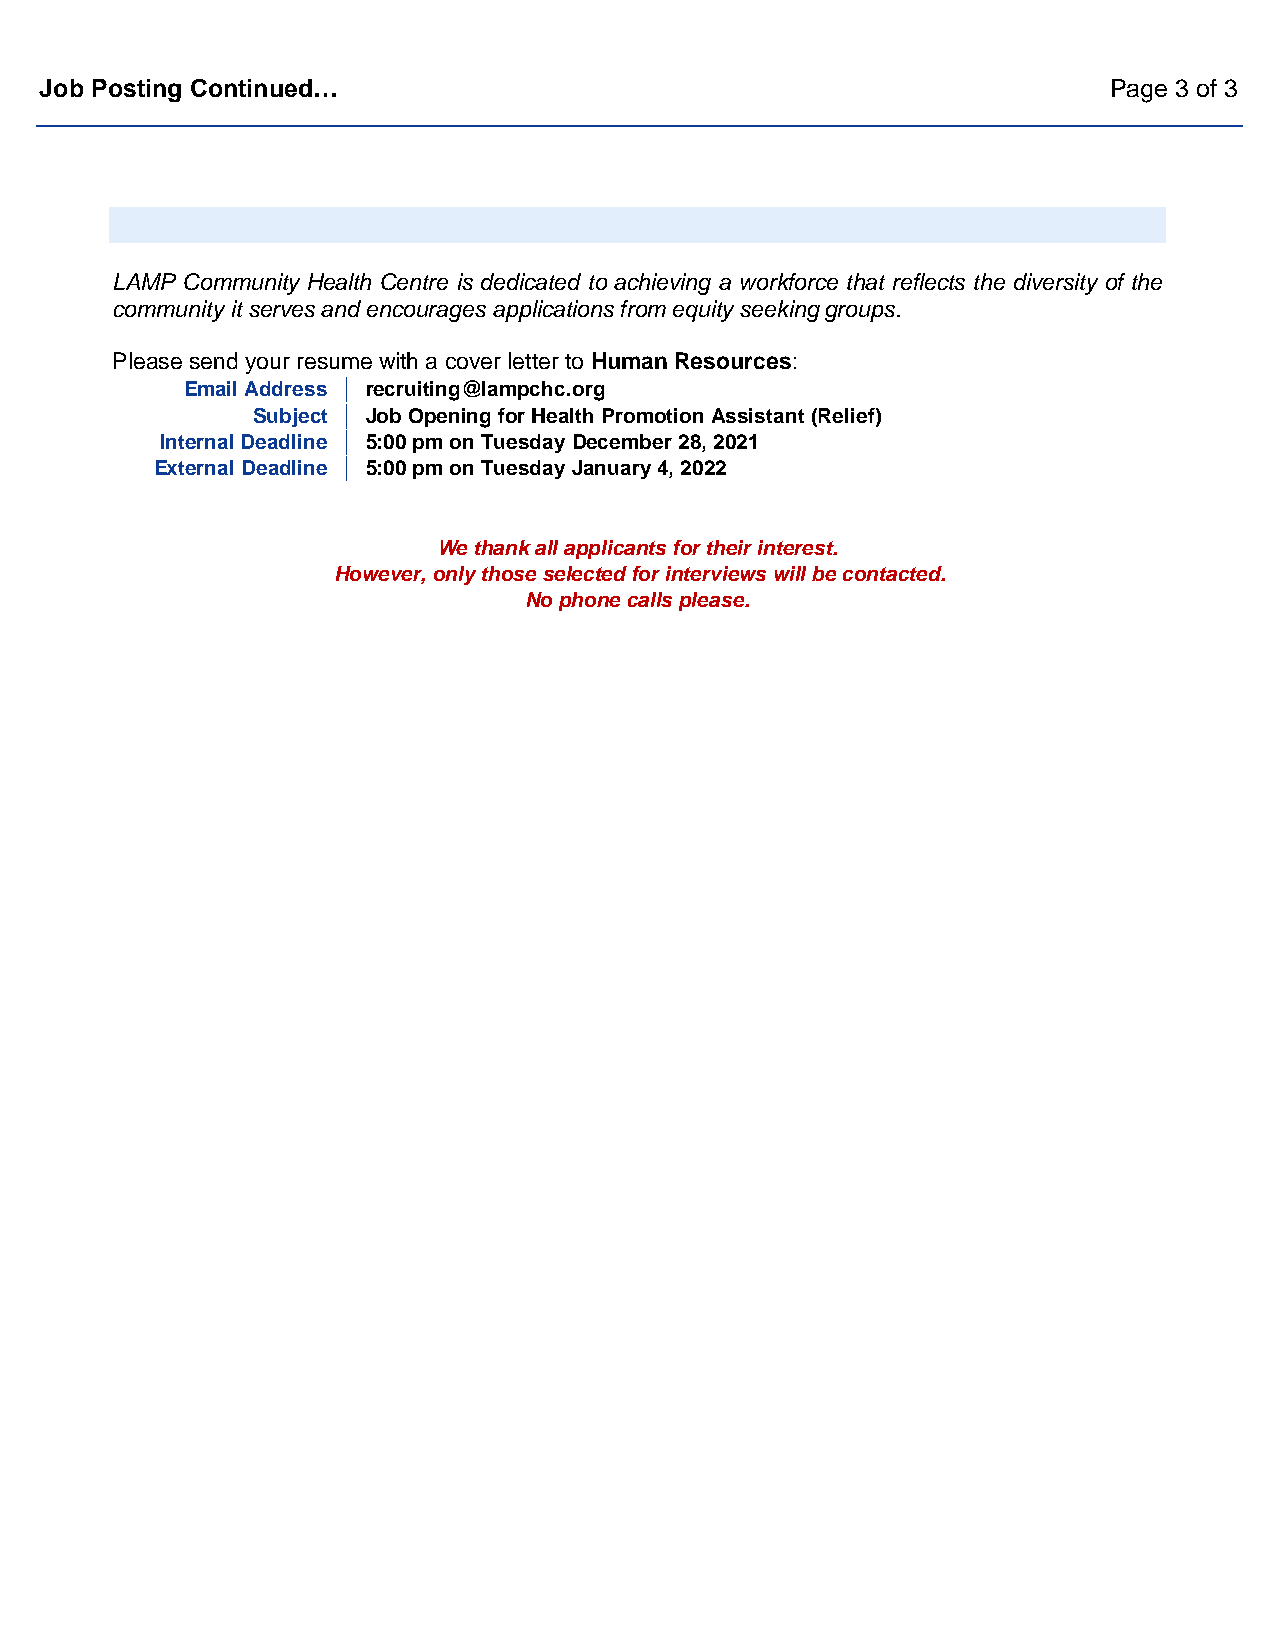
Job Posting Continued…                                                Page 3 of 3
 LAMP Community Health Centre is dedicated to achieving a workforce that reflects the diversity of the
 community it serves and encourages applications from equity seeking groups.
 Please send your resume with a cover letter to Human Resources:
 Email Address │ recruiting@lampchc.org
 Subject │ Job Opening for Health Promotion Assistant (Relief)
 Internal Deadline │ 5:00 pm on Tuesday December 28, 2021
 External Deadline │ 5:00 pm on Tuesday January 4, 2022
 We thank all applicants for their interest.
 However, only those selected for interviews will be contacted.
 No phone calls please.